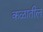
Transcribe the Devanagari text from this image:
कळातील